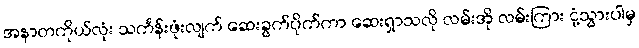
အနာတကိုယ်လုံး သင်္ကန်းဖုံးလျက် ဆေးခွက်ပိုက်ကာ ဆေးရှာသလို လမ်းအို လမ်းကြား ငုံ့သွားပါမှ